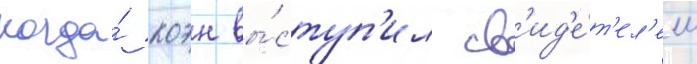
когда́ коэн вы́ступ'ил св'ид'е́т'ел'ем